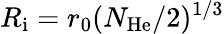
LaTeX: R_{\mathrm{i}}=r_{0}(N_{\mathrm{He}}/2)^{1/3}